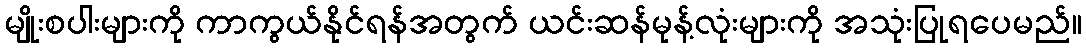
မျိုးစပါးများကို ကာကွယ်နိုင်ရန်အတွက် ယင်းဆန်မုန့်လုံးများကို အသုံးပြုရပေမည်။